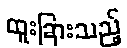
ထူးခြားသည့်